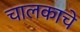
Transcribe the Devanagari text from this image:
चालकाचे